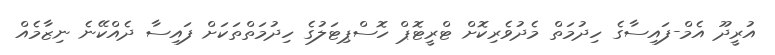
އުރީދޫ އެމް-ފައިސާގެ ހިދުމަތް މެދުވެރިކޮށް ޓްރީޓޮޕް ހޮސްޕިޓަލުގެ ހިދުމަތްތަކަށް ފައިސާ ދެއްކޭނެ ނިޒާމެއް